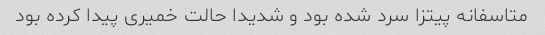
متاسفانه پیتزا سرد شده بود و شدیدا حالت خمیری پیدا کرده بود